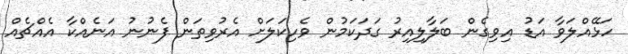
ހަޅޭއްލަވާ އަޑު އިވިގެން ބަލާލިއިރު ގަދަކަމުން ވެހިކަލަށް އެރުވިތަން ފެނުނު އަނެއްކާ އެއްޗެއް